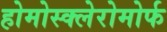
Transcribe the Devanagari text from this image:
होमोस्क्लेरोमोर्फ